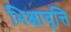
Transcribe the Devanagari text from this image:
भिक्षावृत्ति